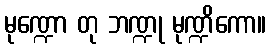
မုဏ္ဍော တု ဘဏ္ဍု မုဏ္ဍိကော။